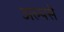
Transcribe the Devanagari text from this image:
अल्पसे